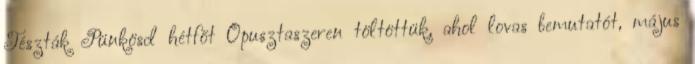
Tészták Pünkösd hétfőt Ópusztaszeren töltöttük, ahol lovas bemutatót, május